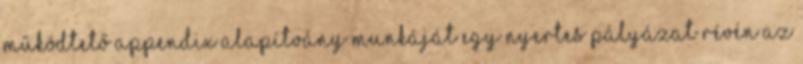
működtető Appendix Alapítvány munkáját egy nyertes pályázat révén az